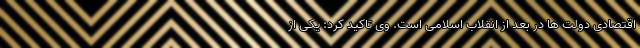
اقتصادی دولت ها در بعد از انقلاب اسلامی است. وی تاکید کرد: یکی از